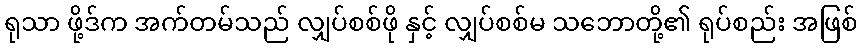
ရုသာ ဖို့ဒ်က အက်တမ်သည် လျှပ်စစ်ဖို နှင့် လျှပ်စစ်မ သဘောတို့၏ ရုပ်စည်း အဖြစ်